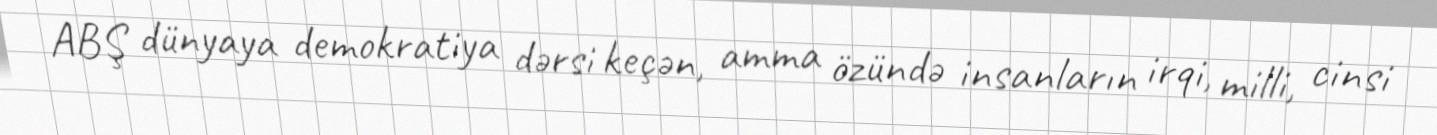
ABŞ dünyaya demokratiya dərsi keçən, amma özündə insanların irqi, milli, cinsi